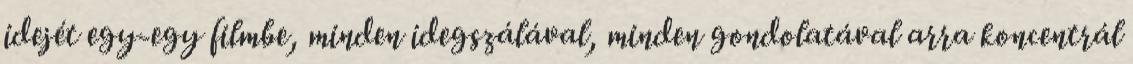
idejét egy-egy filmbe, minden idegszálával, minden gondolatával arra koncentrál